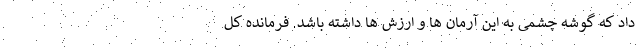
داد که گوشه چشمی به این آرمان ها و ارزش ها داشته باشد. فرمانده کل